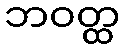
ဘဝတ္ထ